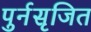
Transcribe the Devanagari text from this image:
पुर्नसृजित